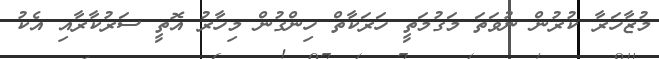
މުޒާހަރާ ކުރުން ނުވަތަ މަގުމަތީ ހަރަކާތް ހިންގުން މިހާރު އޮތީ ސަރުކާރާއި އެކު